Annual report on the health of the army in India
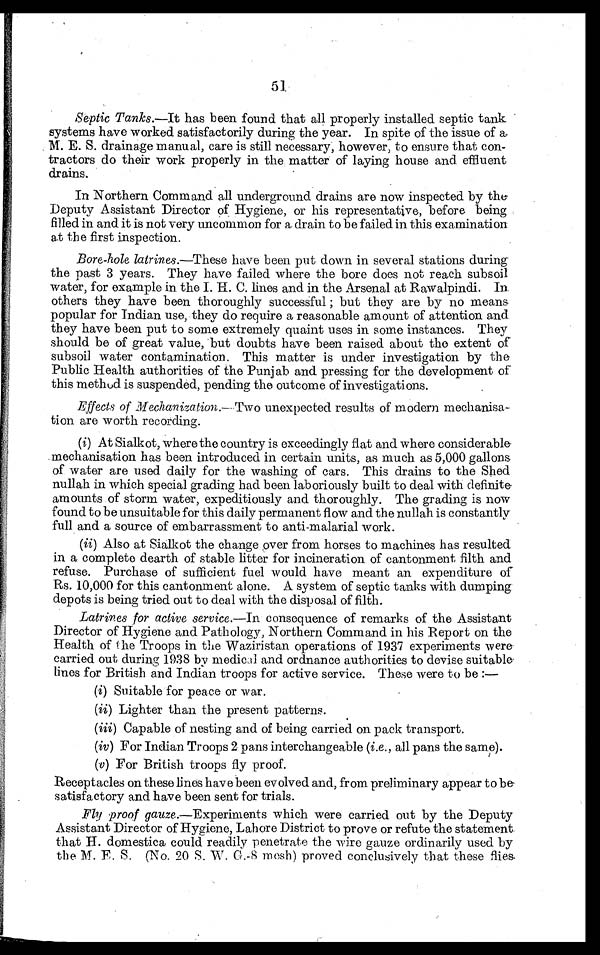
51
Septic Tanks. —It has been found that all properly installed septic tank
systems have worked satisfactorily during the year. In spite of the issue of a
M. E. S. drainage manual, care is still necessary; however, to ensure that con-
tractors do their work properly in the matter of laying house and effluent
drains.
In Northern Command all underground drains are now inspected by the
Deputy Assistant Director of Hygiene, or his representative, before being
filled in and it is not very uncommon for a drain to be failed in this examination
at the first inspection.
•
Bore-hole latrines.—These have been put down in several stations during
the past 3 years. They have failed where the bore does not reach subsoil
water, for example in the I. H. C. lines and in the Arsenal at Rawalpindi. In
others they have been thoroughly successful ; but they are by no means
popular for Indian use, they do require a reasonable amount of attention and
they have been put to some extremely quaint uses in some instances. They
should be of great value, but doubts have been raised about the extent of
subsoil water contamination. This matter is under investigation by the
Public Health authorities of the Punjab and pressing for the development of
this method is suspended, pending the outcome of investigations.
Effects of Mechanization.— Two unexpected results of modern mechanisa-
tion are worth recording.
(i) At Sialkot, where the country is exceedingly flat and where considerable
mechanisation has been introduced in certain units, as much as 5,000 gallons
of water are used daily for the washing of cars. This drains to the Shed
nullah in which special grading had been laboriously built to deal with definite
amounts of storm water, expeditiously and thoroughly. The grading is now
found to be unsuitable for this daily permanent flow and the nullah is constantly
full and a source of embarrassment to anti-malarial work.
(ii) Also at Sialkot the change over from horses to machines has resulted
in a complete dearth of stable litter for incineration of cantonment filth and
refuse. Purchase of sufficient fuel would have meant an expenditure of
Rs. 10,000 for this cantonment alone. A system of septic tanks with dumping
depots is being tried out to deal with the disposal of filth.
Latrines for active service. —In consequence of remarks of the Assistant
Director of Hygiene and Pathology, Northern Command in his Report on the
Health of the Troops in the Waziristan operations of 1937 experiments were
carried out during 1938 by medical and ordnance authorities to devise suitable
lines for British and Indian troops for active service. These were to be :
—
(i) Suitable for peace or war.
(ii) Lighter than the present patterns.
(iii) Capable of nesting and of being carried on pack transport.
(iv) For Indian Troops 2 pans interchangeable ( i.e. , all pans the same).
(v) For British troops fly proof.
Receptacles on these lines have been evolved and, from preliminary appear to be.
satisfactory and have been sent for trials.
Fly proof gauze .—Experiments which were carried out by the Deputy
Assistant Director of Hygiene, Lahore District to prove or refute the statement
that H. domestica could readily penetrate the wire gauze ordinarily used by
the M. E. S. (No. 20 S. W. 0. 8 mesh) proved conclusively that these flies